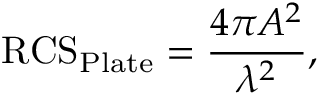
{ \mathrm { R C S } } _ { \mathrm { P l a t e } } = { \frac { 4 \pi A ^ { 2 } } { \lambda ^ { 2 } } } ,